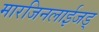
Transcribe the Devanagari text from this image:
मारजिनलाईजड्